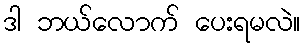
ဒါ ဘယ်လောက် ပေးရမလဲ။